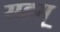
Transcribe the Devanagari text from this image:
सहस्